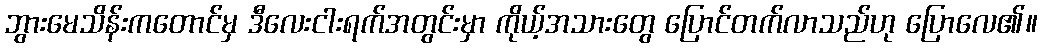
ဘွားမေသိန်းကတောင်မှ ဒီလေးငါးရက်အတွင်းမှာ ကိုယ့်အသားတွေ ပြောင်တက်လာသည်ဟု ပြောလေ၏။